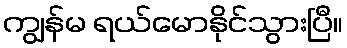
ကျွန်မ ရယ်မောနိုင်သွားပြီ။